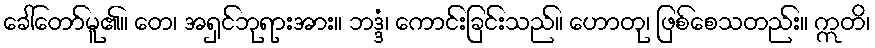
ခေါ်တော်မူ၏။ တေ၊ အရှင်ဘုရားအား။ ဘဒ္ဒံ၊ ကောင်းခြင်းသည်။ ဟောတု၊ ဖြစ်စေသတည်း။ ဣတိ၊